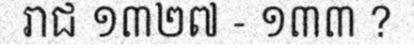
រាជ ១៣២៧ - ១៣៣ ?